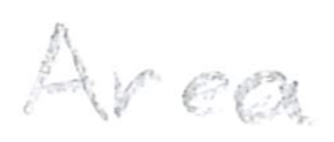
Text: Area
Cross-out: clean
Writing tool: pencil